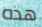
هذه